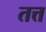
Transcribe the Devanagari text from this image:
तत्त